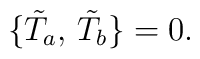
\bigl\{\tilde T_a,\,\tilde T_b\bigr\}=0.